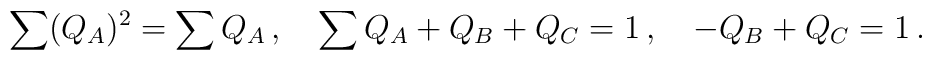
\sum (Q_A)^2 = \sum Q_A \,, \quad \sum Q_A + Q_B + Q_C = 1\,, \quad -Q_B +Q_C = 1\,.